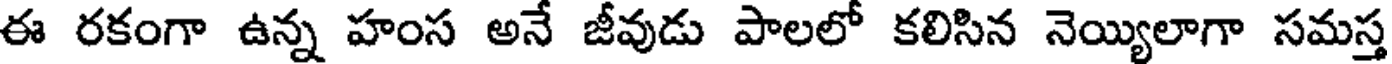
ఈ రకంగా ఉన్న హంస అనే జీవుడు పాలలో కలిసిన నెయ్యిలాగా సమస్త